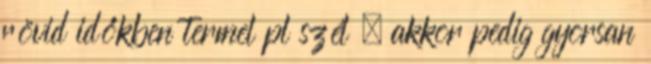
rövid időkben termel pl szél , akkor pedig gyorsan